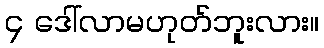
၄ ဒေါ်လာမဟုတ်ဘူးလား။